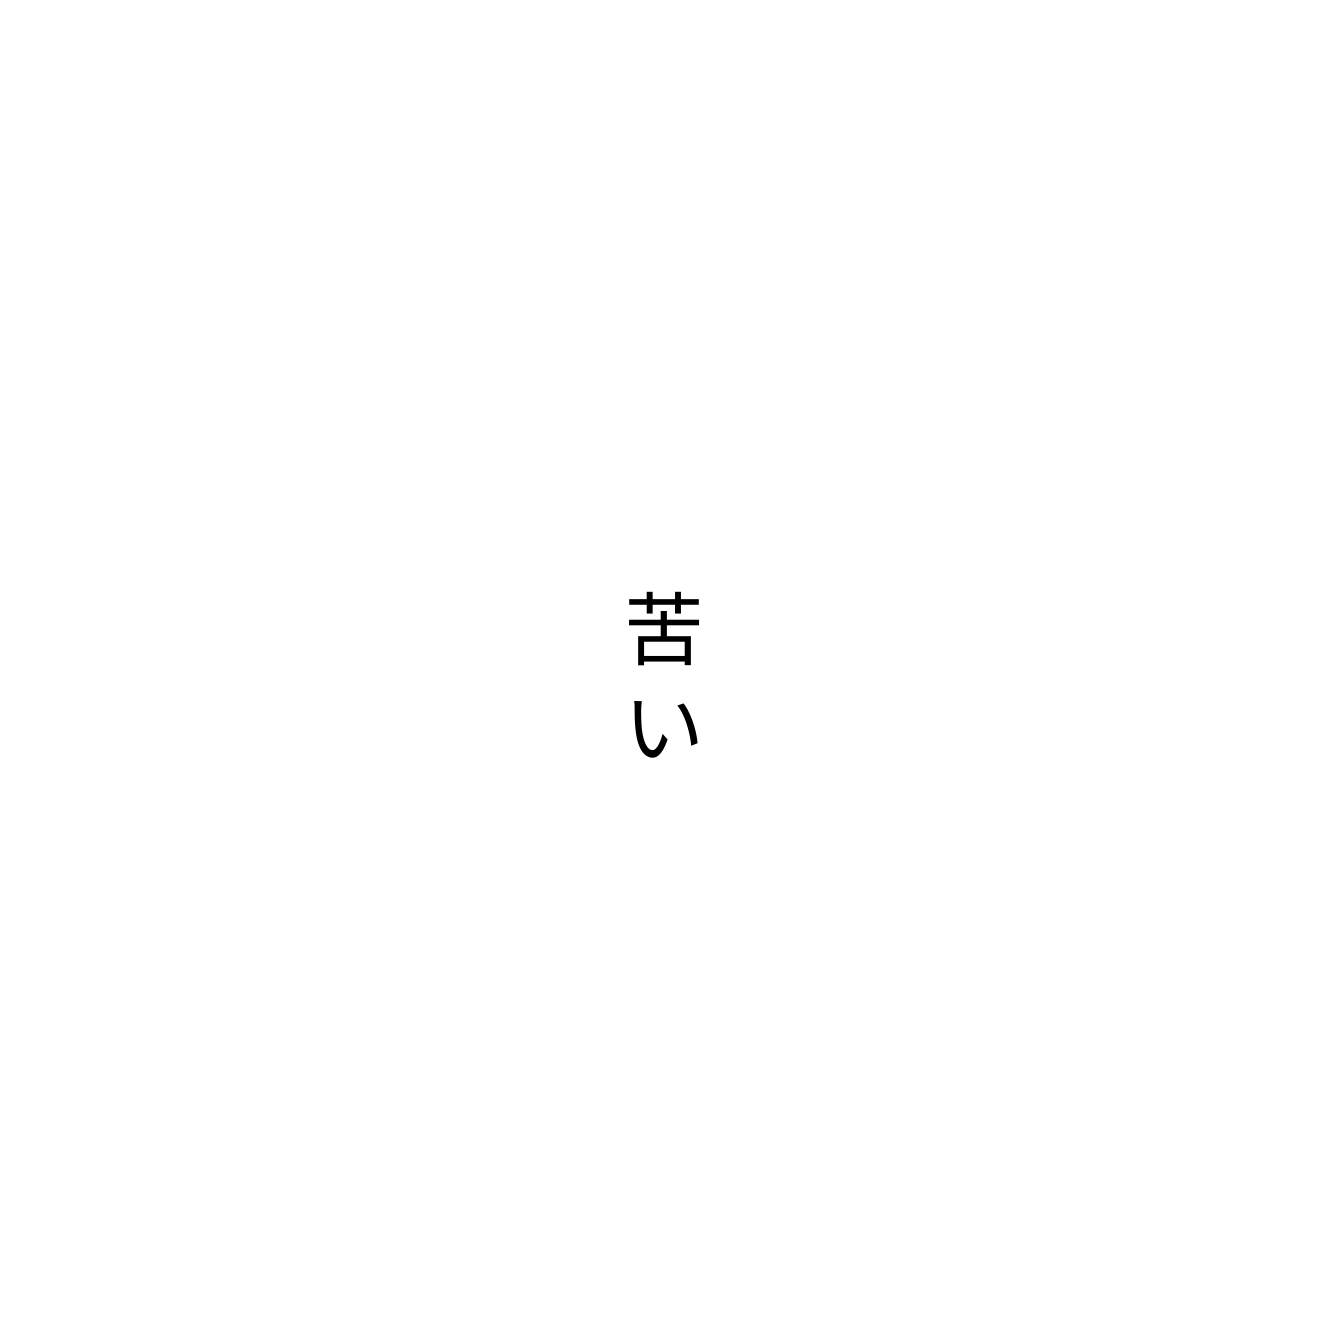
苦い